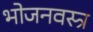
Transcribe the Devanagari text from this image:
भोजनवस्त्र